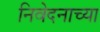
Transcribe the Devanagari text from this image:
निवेदनाच्या